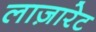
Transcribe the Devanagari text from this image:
लाज़ारेट